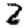
Digit: 2